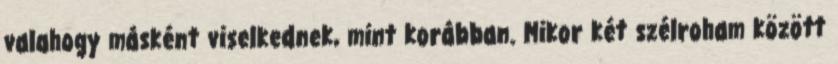
valahogy másként viselkednek, mint korábban. Mikor két szélroham között